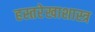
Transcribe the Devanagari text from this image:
हस्तरेखाशास्त्र